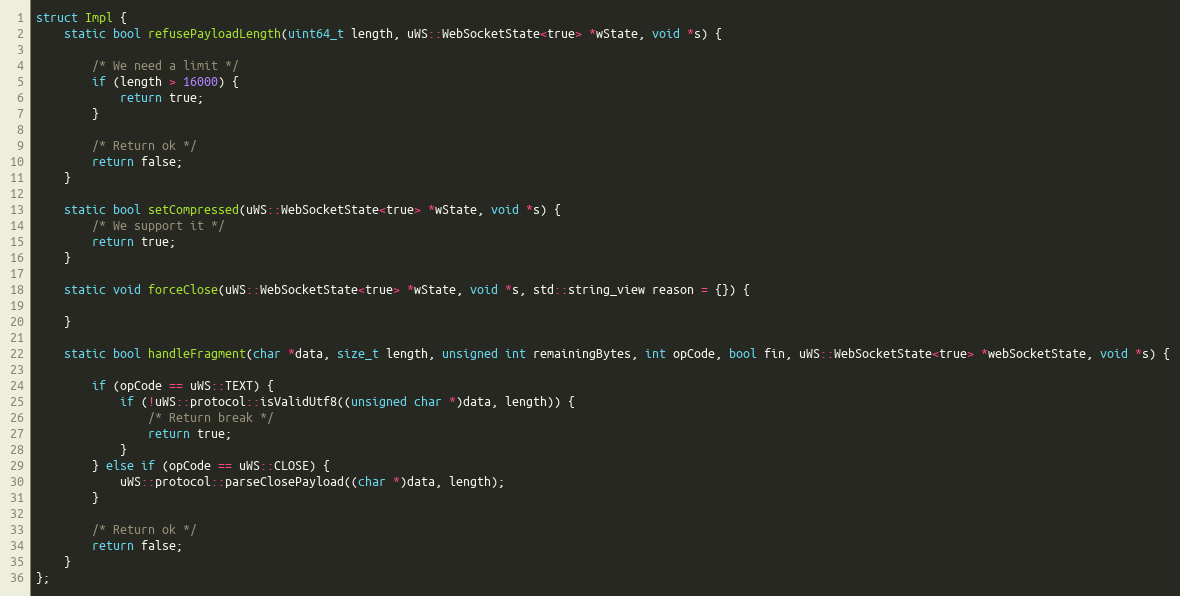
Language: C++
struct Impl {
    static bool refusePayloadLength(uint64_t length, uWS::WebSocketState<true> *wState, void *s) {

        /* We need a limit */
        if (length > 16000) {
            return true;
        }

        /* Return ok */
        return false;
    }

    static bool setCompressed(uWS::WebSocketState<true> *wState, void *s) {
        /* We support it */
        return true;
    }

    static void forceClose(uWS::WebSocketState<true> *wState, void *s, std::string_view reason = {}) {

    }

    static bool handleFragment(char *data, size_t length, unsigned int remainingBytes, int opCode, bool fin, uWS::WebSocketState<true> *webSocketState, void *s) {

        if (opCode == uWS::TEXT) {
            if (!uWS::protocol::isValidUtf8((unsigned char *)data, length)) {
                /* Return break */
                return true;
            }
        } else if (opCode == uWS::CLOSE) {
            uWS::protocol::parseClosePayload((char *)data, length);
        }

        /* Return ok */
        return false;
    }
};